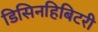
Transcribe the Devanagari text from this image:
डिसिनहिबिटरी